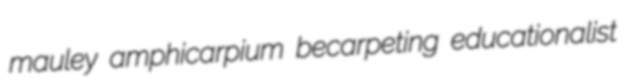
mauley amphicarpium becarpeting educationalist